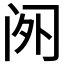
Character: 𬮡